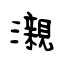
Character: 瀙